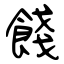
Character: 餞